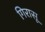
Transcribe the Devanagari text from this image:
गिरासू